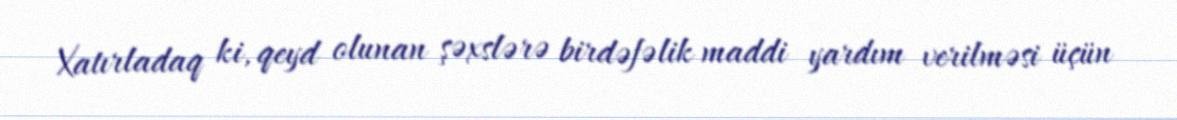
Xatırladaq ki, qeyd olunan şəxslərə birdəfəlik maddi yardım verilməsi üçün